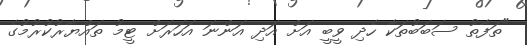
"ތަފާތު ސަބަބުތަކާ ހެދި ވީބީ އަށް އަދި އަންނަ އަހަރަށް ޓީމު ތައްޔާރުކުރުމުގެ